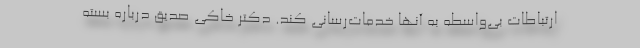
ارتباطات بی‌واسطه به آنها خدمات‌رسانی کند. دکتر خاکی صدیق درباره بسته